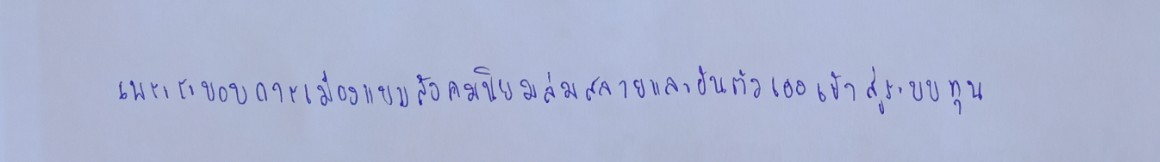
เพราะระบอบการเมืองแบบสังคมนิยมล่มสลายและผันตัวเองเข้าสู่ระบบทุน